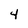
Character: 4